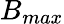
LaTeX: B_{max}